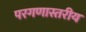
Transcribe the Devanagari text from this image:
परगणास्तरीय